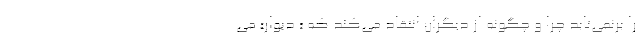
را برنمی‌تابد چرا و چگونه از دیگران انتقاد می‌کند که « دیوار» می‌